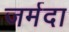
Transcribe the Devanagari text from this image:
जर्मदा